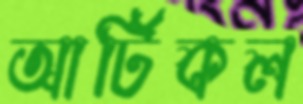
আর্টিকল